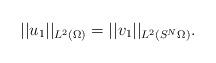
LaTeX: \begin{align*}||u_1||_{L^2(\Omega)} = ||v_1||_{L^2(S^N\Omega)} .\end{align*}